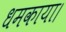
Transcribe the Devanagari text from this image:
धमकाया।